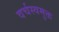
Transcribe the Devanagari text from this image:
वर्चस्वमुक्त